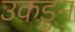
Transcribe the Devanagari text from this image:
उकडुन